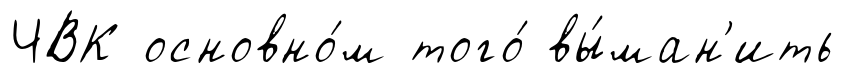
ЧВК основно́м того́ вы́ман'ить